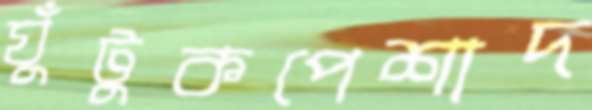
ঘুঁটুকপেশাদ